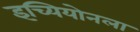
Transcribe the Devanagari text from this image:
इच्यियोनला